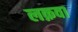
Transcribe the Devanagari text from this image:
लक़वा